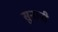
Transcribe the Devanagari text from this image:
सुनानी